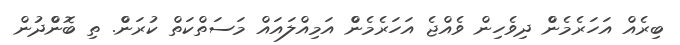
ބިރެއް އަހަރެމެންް ދިވެހިން ވެއްޖެ އަހަރެމެންް އަމިއްްލައައް މަސަތްކަތް ކުރަންް. ތި ބޮންްދުން